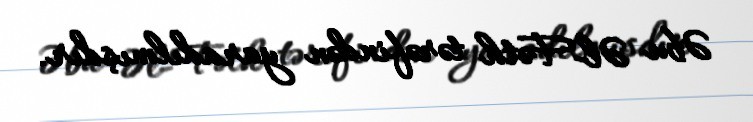
Əbu Əl-Fəth tərəfindən yaradılmışdır.